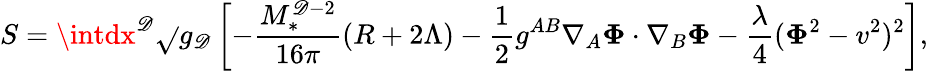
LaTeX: S=\intdx^{\mathscr{D}}\sqrt{}{{g_{\mathscr{D}}}}\left[-\frac{{M_{*}^{\mathscr{D}-2}}}{{16\pi}}(R+2\Lambda)-\frac{1}{2}g^{AB}\nabla_{A}{\mathbf{\Phi}}\cdot\nabla_{B}{\mathbf{\Phi}}-\frac{{\lambda}}{{4}}({\mathbf{\Phi}}^{2}-v^{2})^{2}\right],